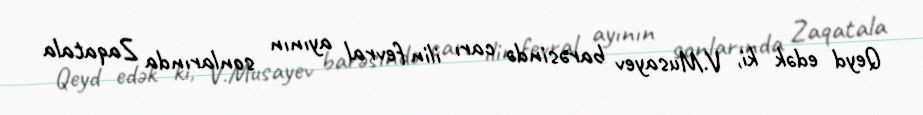
Qeyd edək ki, V.Musayev barəsində carı ilin fevral ayının sonlarında Zaqatala